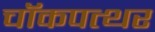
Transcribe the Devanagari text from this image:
चॉकपत्थर